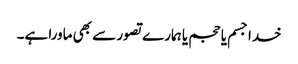
خدا جسم یا حجم یا ہمارے تصور سے بھی ماورا ہے۔